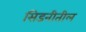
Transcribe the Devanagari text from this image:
सिडनीतील